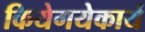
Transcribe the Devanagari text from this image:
कियेगयेकार्य